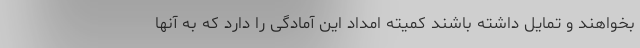
بخواهند و تمایل داشته باشند کمیته امداد این آمادگی را دارد که به آنها